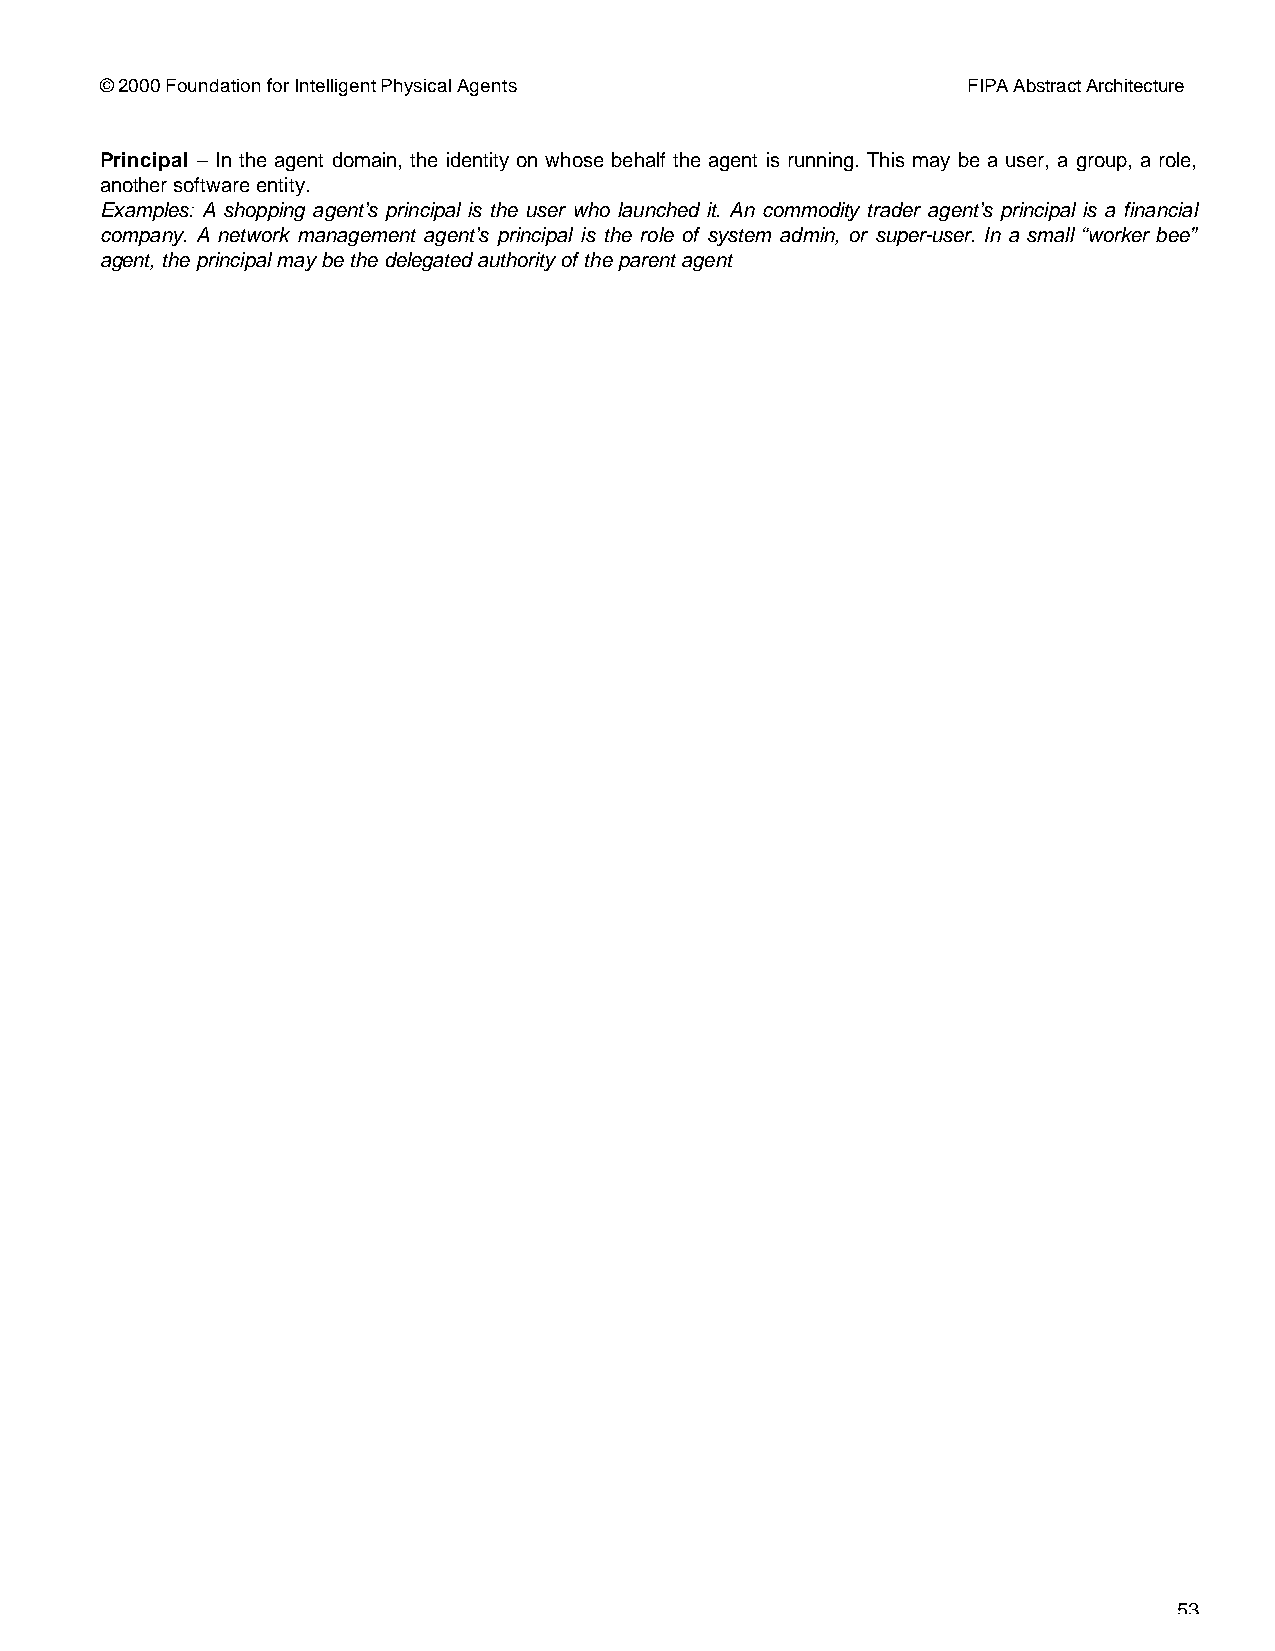
© 2000 Foundation for Intelligent Physical Agents        FIPA Abstract Architecture
 Principal – In the agent domain, the identity on whose behalf the agent is running. This may be a user, a group, a role,
 another software entity.
 Examples: A shopping agent’s principal is the user who launched it. An commodity trader agent’s principal is a financial
 company. A network management agent’s principal is the role of system admin, or super-user. In a small “worker bee”
 agent, the principal may be the delegated authority of the parent agent
 53